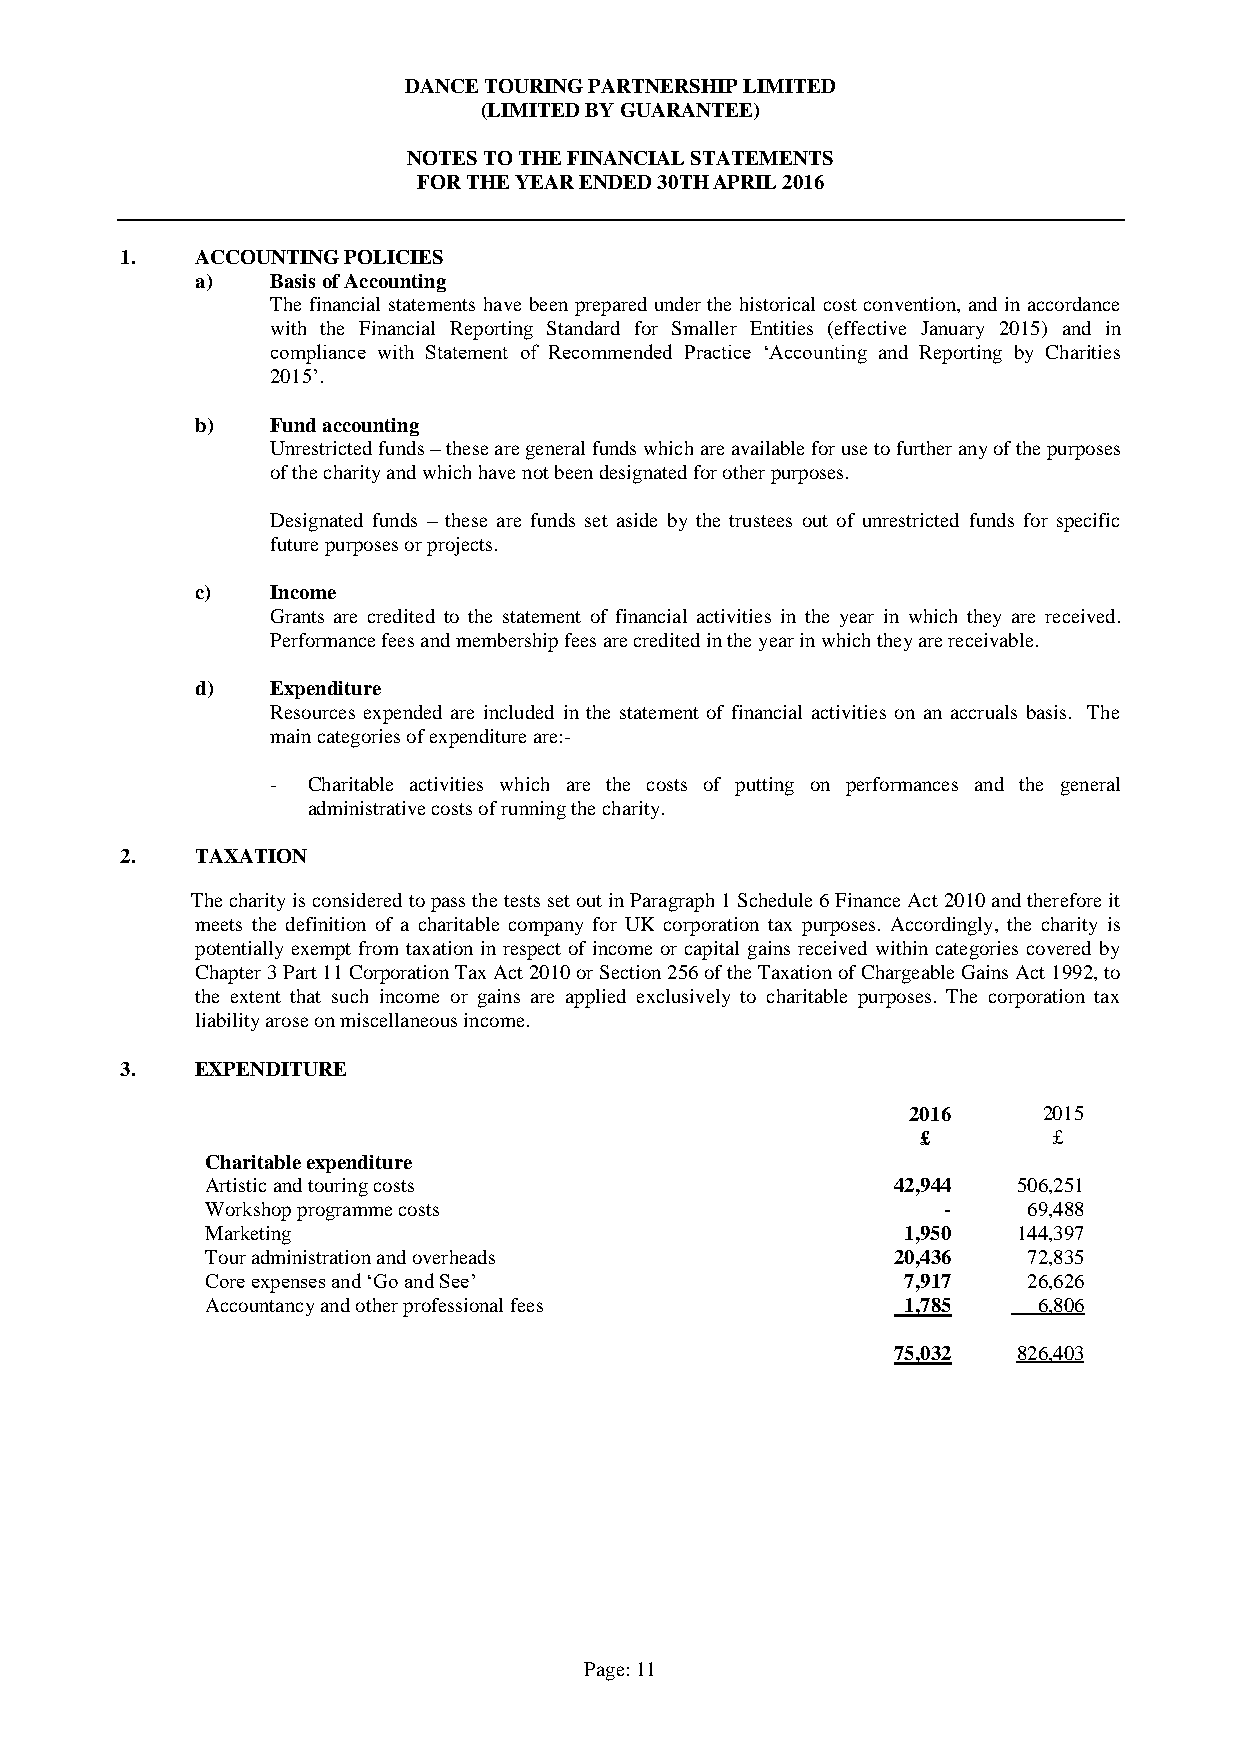
DANCE TOURING PARTNERSHIP LIMITED
 (LIMITED BY GUARANTEE)
 NOTES TO THE FINANCIAL STATEMENTS
 FOR THE YEAR ENDED 30TH APRIL 2016
 1.   ACCOUNTING POLICIES
 a)   Basis of Accounting
 The financial statements have been prepared under the historical cost convention, and in accordance
 with the Financial Reporting Standard for Smaller Entities (effective January 2015) and in
 compliance with Statement of Recommended Practice ‘Accounting and Reporting by Charities
 2015’.
 b)   Fund accounting
 Unrestricted funds – these are general funds which are available for use to further any of the purposes
 of the charity and which have not been designated for other purposes.
 Designated funds – these are funds set aside by the trustees out of unrestricted funds for specific
 future purposes or projects.
 c)   Income
 Grants are credited to the statement of financial activities in the year in which they are received.
 Performance fees and membership fees are credited in the year in which they are receivable.
 d)   Expenditure
 Resources expended are included in the statement of financial activities on an accruals basis. The
 main categories of expenditure are:-
 - Charitable activities which are the costs of putting on performances and the general
 administrative costs of running the charity.
 2.   TAXATION
 The charity is considered to pass the tests set out in Paragraph 1 Schedule 6 Finance Act 2010 and therefore it
 meets the definition of a charitable company for UK corporation tax purposes. Accordingly, the charity is
 potentially exempt from taxation in respect of income or capital gains received within categories covered by
 Chapter 3 Part 11 Corporation Tax Act 2010 or Section 256 of the Taxation of Chargeable Gains Act 1992, to
 the extent that such income or gains are applied exclusively to charitable purposes. The corporation tax
 liability arose on miscellaneous income.
 3.   EXPENDITURE
 2016     2015
 £        £
 Charitable expenditure
 Artistic and touring costs                   42,944  506,251
 Workshop programme costs                        -     69,488
 Marketing                                     1,950  144,397
 Tour administration and overheads            20,436   72,835
 Core expenses and ‘Go and See’                7,917   26,626
 Accountancy and other professional fees       1,785    6,806
 75,032  826,403
 Page: 11